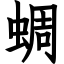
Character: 蜩